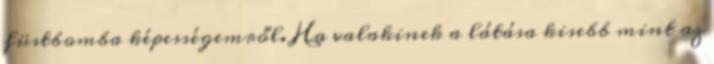
füstbomba képességemről. Ha valakinek a látása kisebb mint az